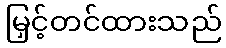
မြှင့်တင်ထားသည်